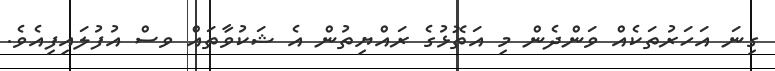
ގިނަ އަހަރުތަކެއް ވަންދެން މި އަތޮޅުގެ ރައްޔިތުން އެ ޝަކުވާތައް ވސް އުފުލައިފިއެވެ.